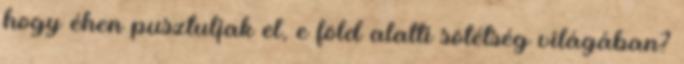
hogy éhen pusztuljak el, e föld alatti sötétség világában?